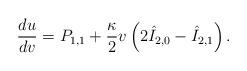
LaTeX: \begin{align*} \frac{du}{dv}=P_{1,1}+\frac{\kappa}{2}v\left(2\hat{I}_{2,0}-\hat{I}_{2,1}\right).\end{align*}